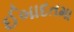
ઈબાદતમા